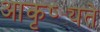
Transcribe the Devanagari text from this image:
आकृष्ट्यते